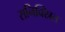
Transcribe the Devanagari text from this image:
सनिक्स्रित